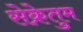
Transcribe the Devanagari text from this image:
सेक्रेतुम